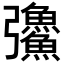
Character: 𪫅